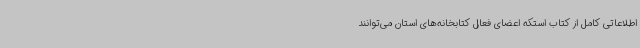
اطلاعاتی کامل از کتاب استکه اعضای فعال کتابخانه‌های استان می‌توانند